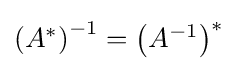
{\textstyle \left(A^{*}\right)^{-1}=\left(A^{-1}\right)^{*}}